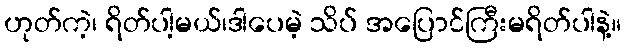
ဟုတ်ကဲ့၊ ရိတ်ပါ့မယ်၊ဒါပေမဲ့ သိပ် အပြောင်ကြီးမရိတ်ပါနဲ့။